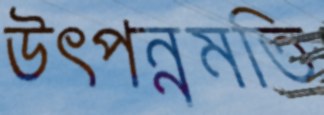
উত্পন্নমতি